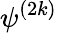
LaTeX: \psi^{(2k)}